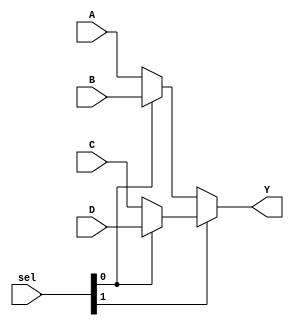
module mux4_1(
    input [7:0] A, B, C, D,
    input [1:0] sel,
    output [7:0] Y
);

    assign Y = sel[1] ? (sel[0]?D:C) : (sel[0]?B:A);

endmodule